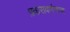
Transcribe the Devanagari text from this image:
प्रवासवर्णनाचा